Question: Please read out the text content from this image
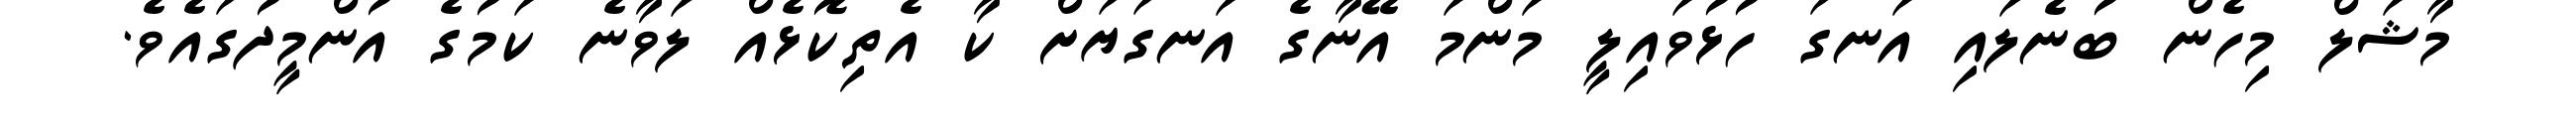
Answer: މާޝަލް މިހެން ބުނެލައި އަނގަ ހުޅުވައިލީ މަންމަ އޭނާގެ އަނގަޔަށް ކާ އެތިކޮޅެއް ލަވާނެ ކަމުގެ އުންމީދުގައެވެ.